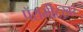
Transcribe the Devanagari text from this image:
पॅरामीटरवर